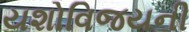
યશોવિજયની